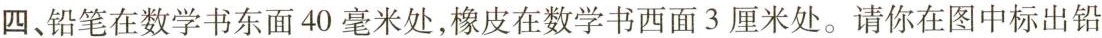
四、铅笔在数学书东面40毫米处，橡皮在数学书西面3厘米处。请你在图中标出铅